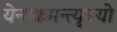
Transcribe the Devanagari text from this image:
येनाक्रमन्त्यृषयो